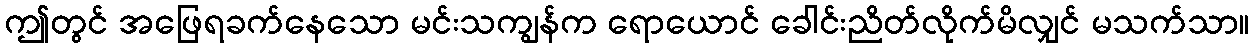
ဤတွင် အဖြေရခက်နေသော မင်းသကျွန်က ရောယောင် ခေါင်းညိတ်လိုက်မိလျှင် မသက်သာ။